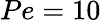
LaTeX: Pe=10